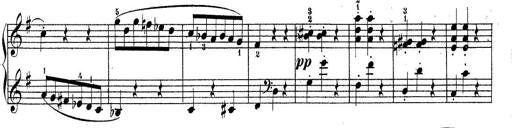
Title: Sonatine No.3
Composer: Peter Piel
Key: D major